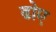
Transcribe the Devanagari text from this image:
ढोए